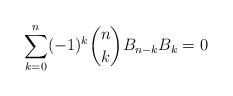
LaTeX: \begin{align*} \sum_{k=0}^n (-1)^k \binom{n}{k} B_{n-k}B_k=0 \end{align*}